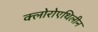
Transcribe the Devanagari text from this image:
क्लोरोएथिलीन